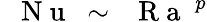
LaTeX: \mathrm{~\textit~{~N~u~}~}\sim\mathrm{~\textit~{~R~a~}~}^{p}